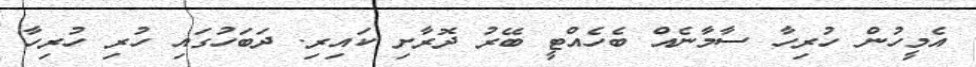
އެމީހުން ހުރިހާ ސާމާނެއް ބެހެއްޓީ ބޭރު ދޮރާށި ކައިރި. ދަބަހުގައި ހުރި ހުރިހާ